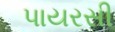
પાયરસી